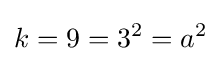
k=9=3^{2}=a^{2}